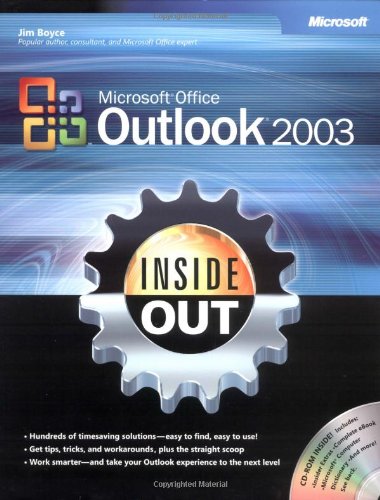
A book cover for MicrosoftÂ® Office OutlookÂ® 2003 Inside Out (Bpg-Inside Out); Jim Boyce; Computers & Technology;